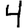
Digit: 4